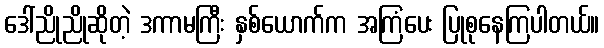
ဒေါ်ညိုညိုဆိုတဲ့ ဒကာမကြီး နှစ်ယောက်က အကြံပေး ပြုစုနေကြပါတယ်။